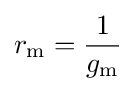
r_{\text{m}}={\frac {1}{g_{\text{m}}}}